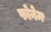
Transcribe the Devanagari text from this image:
फोनेम